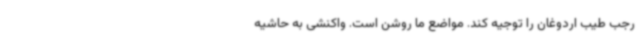
رجب طیب اردوغان را توجیه کند. مواضع ما روشن است. واکنشی به حاشیه